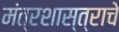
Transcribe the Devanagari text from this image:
मंत्रशास्त्राचे